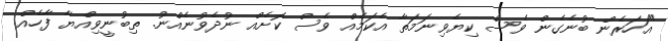
"އަހަރެން ބުނެގެން ވެސް ކިޔެވިނަމަތާ އެކަމެއް ވެސް ކޮށެއް ނުދެވުނެއްނު. ތިބުނީވިއްޔާ ފާހެއް